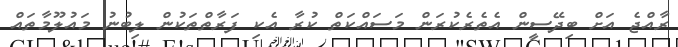
ރާއްޖެ އަށް ބިދޭސީން އެތެރެކުރަން މަސައްކަތް ކުރާ އެކި ފަރާތްތަކުން ލިބުނު މައުލޫމާތައް